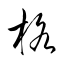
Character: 格